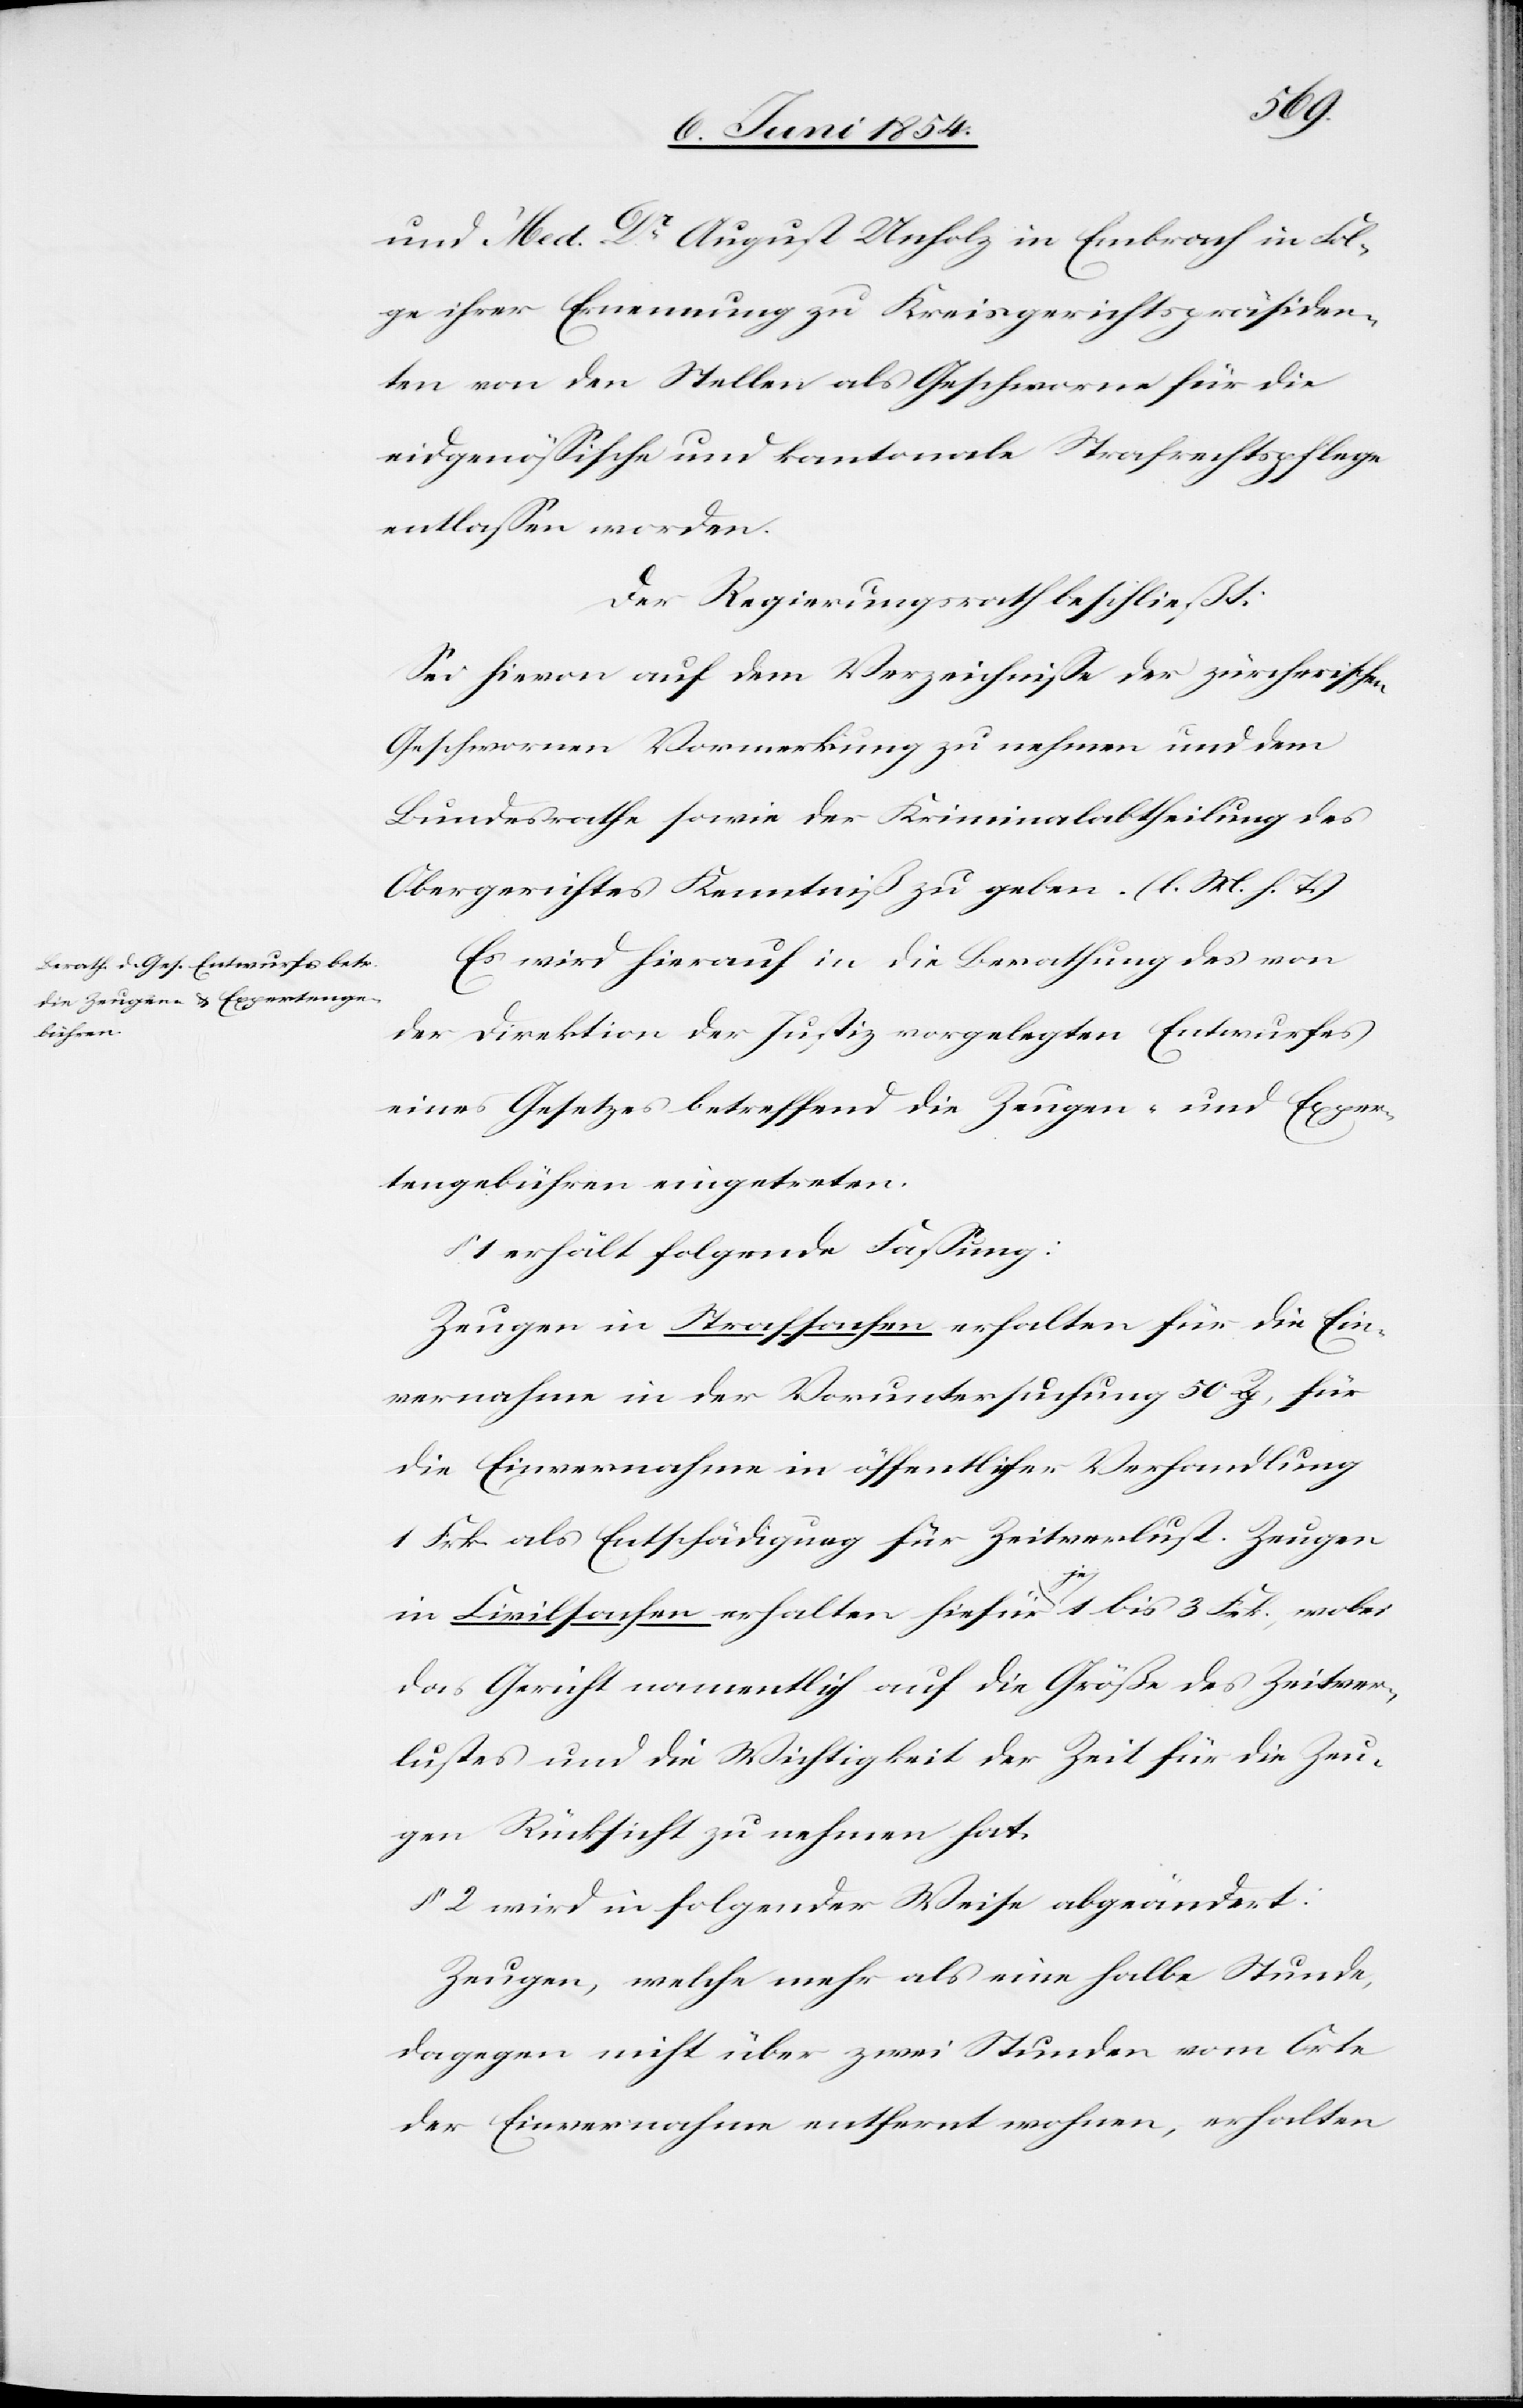
und Med. Dr August Unholz in Embrach in Fol¬
ge ihrer Ernennung zu Kreisgerichtspräsiden¬
ten von den Stelle als Geschworene für die
eidgenößische und kantonale Strafrechtspflege
entlaßen worden.
Der Regierungsrath beschließt:
Sei hievon auf dem Verzeichniße der zürcherischen
Geschworenen Vormerkung zu nehmen und dem
Bundesrathe sowie der Kriminalabtheilung des
Obergerichtes Kenntniß zu geben. (l. M. h. T.)
Es wird hierauf in die Berathung des von
der Direktion der Justiz vorgelegten Entwurfes
eines Gesetzes betreffend die Zeugen- und Exper¬
tengebühren eingetreten.
1 erhält folgende Faßung:
Zeugen in Strafsachen erhalten für die Ein¬
vernahme in der Voruntersuchung 50 Rp., für
die Einvernahme in öffentlicher Verhandlung
1 Frk. als Entschädigung für Zeitverlust. Zeugen
in Civilsachen erhalten hiefür a-je-a 1 bis 3 Frk., wobei
das Gericht namentlich auf die Größe des Zeitver¬
lustes und die Wichtigkeit der Zeit für die Zeu¬
gen Rücksicht zu nehmen hat.
§ 2 wird in folgender Weise abgeändert:
Zeugen, welche mehr als eine halbe Stunde,
dagegen nicht über zwei Stunden vom Orte
der Einvernahme entfernt wohnen, erhalten